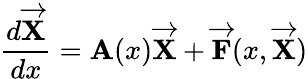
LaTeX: \frac{d\overrightarrow{{\mathbf X}}}{dx}={\mathbf A}(x)\overrightarrow{{\mathbf X}}+\overrightarrow{{\mathbf F}}(x,\overrightarrow{{\mathbf X}})